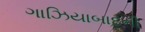
ગાઝિયાબાદની